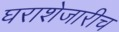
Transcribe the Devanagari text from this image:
घराशेजारीच